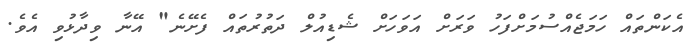
އެކަންތައް ހަމަޖެއްސުމަށްފަހު ވަރަށް އަވަހަށް ޝެޑިއުލް ދަތުރުތައް ފެށޭނެ" އޭނާ ވިދާޅުވި އެވެ.